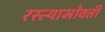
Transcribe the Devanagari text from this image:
रस्त्याभोवती